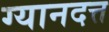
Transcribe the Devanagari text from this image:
ग्यानदत्त